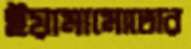
ইয়ামামোতোর